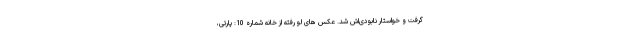
گرفت و خواستار نابودی‌اش شد. عکس های لو رفته از خانه شماره 10: پارتی،